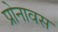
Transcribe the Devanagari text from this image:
प्रोनावस